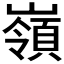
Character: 嶺